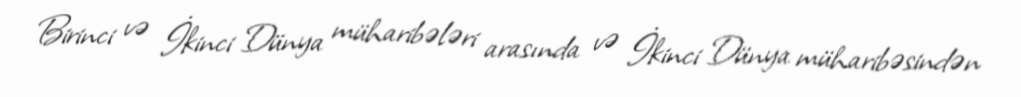
Birinci və İkinci Dünya müharibələri arasında və İkinci Dünya müharibəsindən